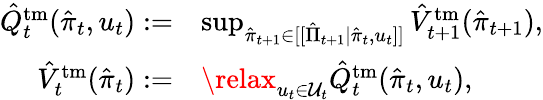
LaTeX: \begin{array}{rl}{\hat{Q}_{t}^{\mathrm{tm}}(\hat{\pi}_{t},u_{t}):=}&{\operatorname*{sup}_{\hat{\pi}_{t+1}\in[[\hat{\Pi}_{t+1}|\hat{\pi}_{t},u_{t}]]}\hat{V}_{t+1}^{\mathrm{tm}}(\hat{\pi}_{t+1}),}\\ {\hat{V}_{t}^{\mathrm{tm}}(\hat{\pi}_{t}):=}&{\relax_{u_{t}\in\mathcal{U}_{t}}\hat{Q}_{t}^{\mathrm{tm}}(\hat{\pi}_{t},u_{t}),}\end{array}